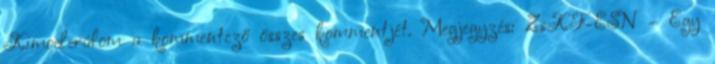
Kimoderálom a kommentező összes kommentjét. Megjegyzés: ZsKF-ESN – Egy